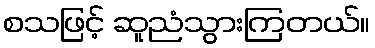
စသဖြင့် ဆူညံသွားကြတယ်။